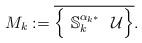
LaTeX: \begin{align*}M_k:= \overline{\Big \{ \ {\mathbb S}_k^{\alpha_{k^*}} \ \ \mathcal U\Big \}}.\end{align*}